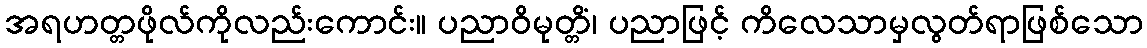
အရဟတ္တဖိုလ်ကိုလည်းကောင်း။ ပညာဝိမုတ္တိံ၊ ပညာဖြင့် ကိလေသာမှလွတ်ရာဖြစ်သော